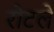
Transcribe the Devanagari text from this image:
रोटले